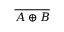
\overline { { A \oplus B } }